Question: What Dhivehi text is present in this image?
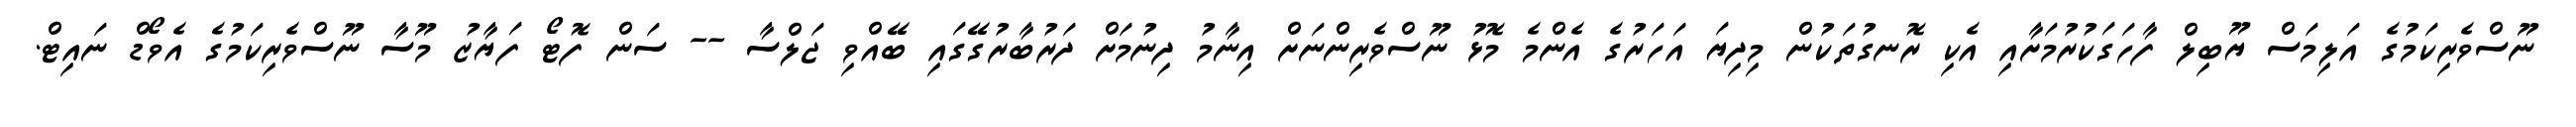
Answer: ނޫސްވެރިކަމުގެ އަލިމަސް ޔޫބިލް ފާހަގަކުރުމަށާއި އެކި ރޮނގުތަކުން މިދިޔަ އަހަރުގެ އެންމެ މޮޅު ނޫސްވެރިންނަށް އިނާމު ދިނުމަށް ދަރުބާރުގޭގައި ބޭއްވި ޖަލްސާ -- ސަން ފޮޓޯ ފަޔާޒު މޫސާ ނޫސްވެރިކަމުގެ އެވޯޑް ނައިޓް.